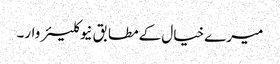
میرے خیال کےمطابق نیوکلیئر وار۔